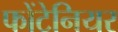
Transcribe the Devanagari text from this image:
फोंटेनियर